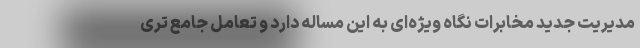
مدیریت جدید مخابرات نگاه ویژه‌ای به این مساله دارد و تعامل جامع تری